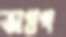
অগ্রগ